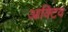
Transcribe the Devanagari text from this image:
आक्टिव